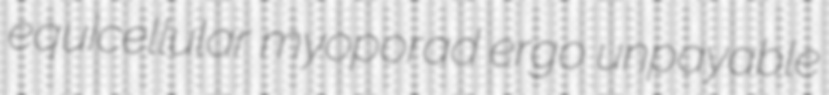
equicellular myoporad ergo unpayable